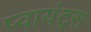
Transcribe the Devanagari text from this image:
प्वायंट्स